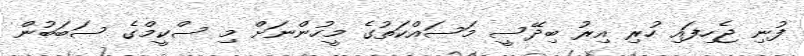
ފުނި ޖެހިފައި ހުރި އިރު ބިދޭސީ މަސައްކަތުގެ މީހުންނަށް މި ސްކީމްގެ ސަބަބުން